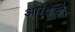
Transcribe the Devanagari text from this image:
आदिचेर